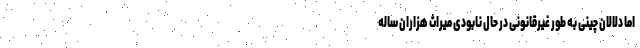
اما دلالان چینی به طور غیرقانونی در حال نابودی میراث هزاران ساله